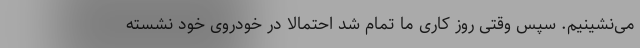
می‌نشینیم. سپس وقتی روز کاری ما تمام شد احتمالا در خودروی خود نشسته